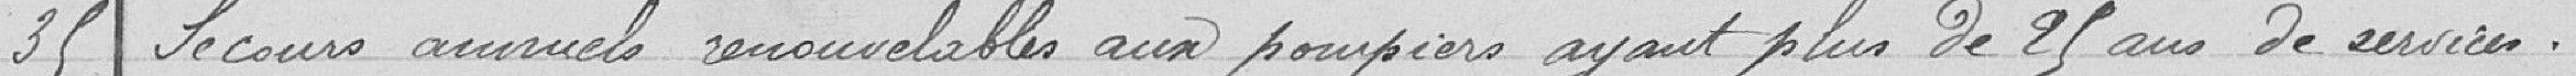
35 Secours annuels renouvelables aux pompiers ayant plus de 25 ans de services